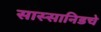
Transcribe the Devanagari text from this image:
सास्सानिडचे